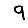
Digit: 9